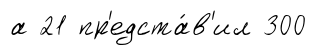
а 21 пр'едста́в'ил 300